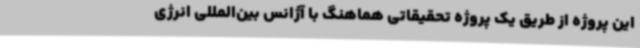
این پروژه از طریق یک پروژه تحقیقاتی هماهنگ با آژانس بین‌المللی انرژی